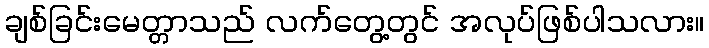
ချစ်ခြင်းမေတ္တာသည် လက်တွေ့တွင် အလုပ်ဖြစ်ပါသလား။